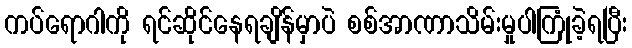
ကပ်ရောဂါကို ရင်ဆိုင်နေရချိန်မှာပဲ စစ်အာဏာသိမ်းမှုပါကြုံခဲ့ရပြီး